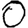
Digit: 0